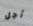
أجل